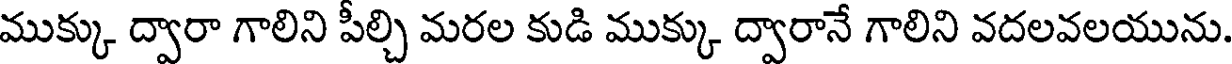
ముక్కు ద్వారా గాలిని పీల్చి మరల కుడి ముక్కు ద్వారానే గాలిని వదలవలయును.